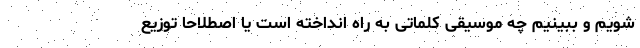
شویم و ببینیم چه موسیقی کلماتی به راه انداخته است یا اصطلاحا توزیع